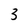
Character: 3